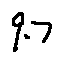
9 . 7